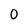
Character: 0